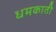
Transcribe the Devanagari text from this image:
धमकाती